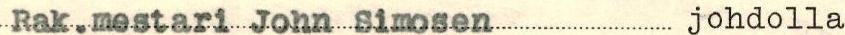
Rak.mestari John Simosen johdolla